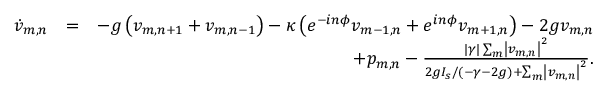
\begin{array} { r l r } { \dot { v } _ { m , n } } & { = } & { - g \left( v _ { m , n + 1 } + v _ { m , n - 1 } \right) - \kappa \left( e ^ { - i n \phi } v _ { m - 1 , n } + e ^ { i n \phi } v _ { m + 1 , n } \right) - 2 g v _ { m , n } } \\ & { } & { + p _ { m , n } - \frac { | \gamma | \sum _ { m } \left\lvert v _ { m , n } \right\rvert ^ { 2 } } { 2 g I _ { s } / ( - \gamma - 2 g ) + \sum _ { m } \left\lvert v _ { m , n } \right\rvert ^ { 2 } } . } \end{array}